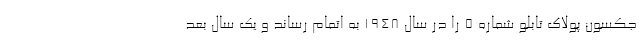
جکسون پولاک تابلو شماره ۵ را در سال ۱۹۴۸ به اتمام رساند و یک سال بعد